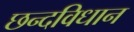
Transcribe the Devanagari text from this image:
छन्दविधान